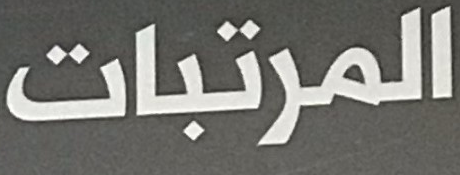
المرتبات